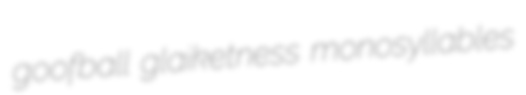
goofball glaiketness monosyllables